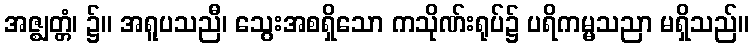
အဇ္ဈတ္တံ၊ ၌။ အရူပသညီ၊ သွေးအစရှိသော ကသိုဏ်းရုပ်၌ ပရိကမ္မသညာ မရှိသည်။